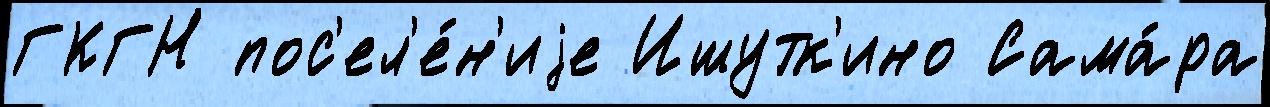
ГКГН пос'ел'е́н'иjе Ишутк'ино Сама́ра